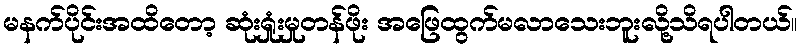
မနက်ပိုင်းအထိတော့ ဆုံးရှုံးမှုတန်ဖိုး အဖြေထွက်မလာသေးဘူးလို့သိရပါတယ်။